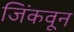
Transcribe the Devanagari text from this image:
जिंकवून